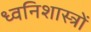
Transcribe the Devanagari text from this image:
ध्वनिशास्त्रों